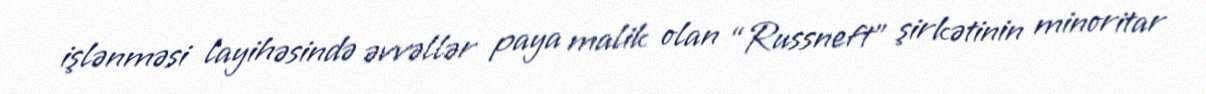
işlənməsi layihəsində əvvəllər paya malik olan “Russneft” şirkətinin minoritar